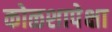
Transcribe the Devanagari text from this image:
कोळशापेक्षा